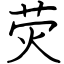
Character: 荧